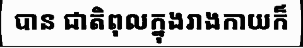
បាន ជាតិពុលក្នុងរាងកាយក៏